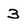
Character: 3